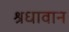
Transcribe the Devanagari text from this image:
श्रधावान